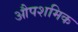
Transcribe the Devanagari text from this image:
औपशमिक